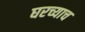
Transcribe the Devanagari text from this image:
घरच्याच